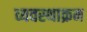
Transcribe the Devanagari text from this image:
व्यवस्थाक्रम